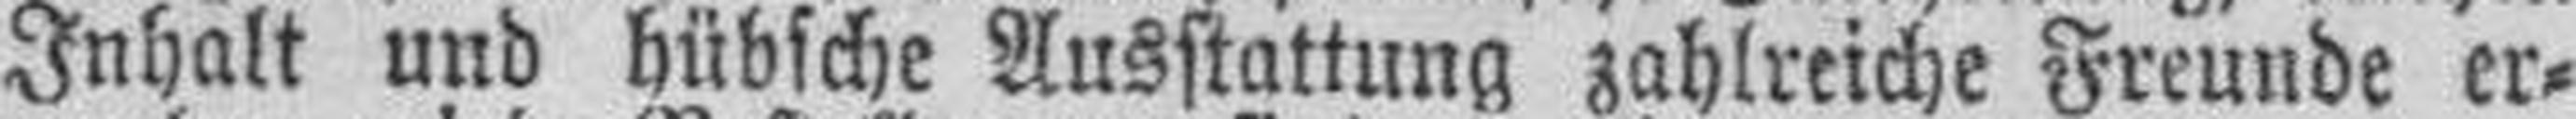
Inhalt und hübsche Ausstattung zahlreiche Freunde er¬